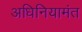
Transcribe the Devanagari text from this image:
अधिनियामंत